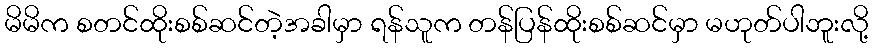
မိမိက စတင်ထိုးစစ်ဆင်တဲ့အခါမှာ ရန်သူက တန်ပြန်ထိုးစစ်ဆင်မှာ မဟုတ်ပါဘူးလို့